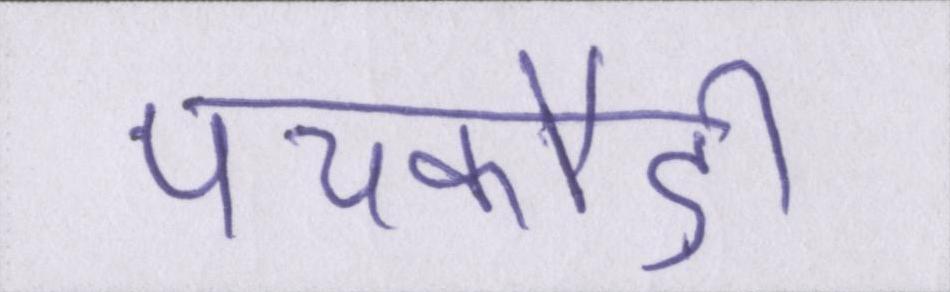
पचकौड़ी